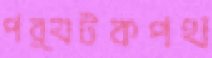
পর্যটকপথ